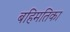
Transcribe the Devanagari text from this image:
बहिमतिका